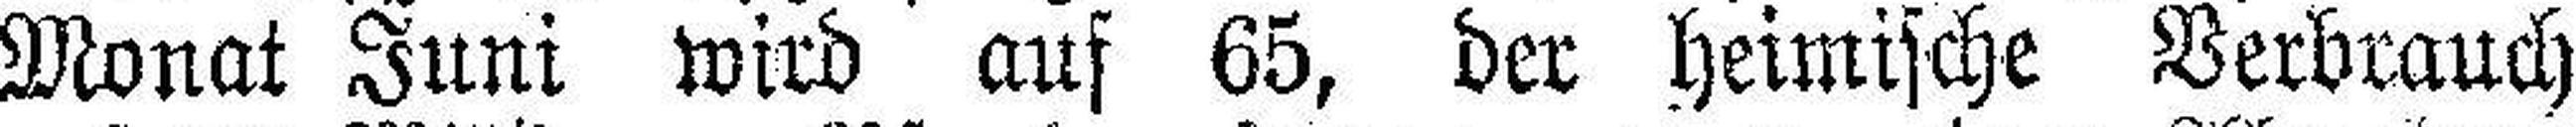
Monat Juni wird auf 65, der heimische Verbrauch